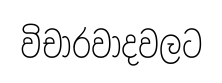
විචාරවාදවලට